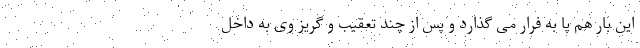
این بار هم پا به فرار می گذارد و پس از چند تعقیب و گریز وی به داخل